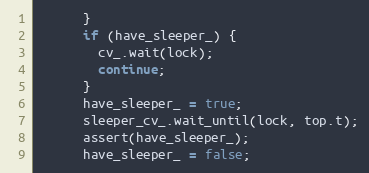
Language: C++
      }
      if (have_sleeper_) {
        cv_.wait(lock);
        continue;
      }
      have_sleeper_ = true;
      sleeper_cv_.wait_until(lock, top.t);
      assert(have_sleeper_);
      have_sleeper_ = false;